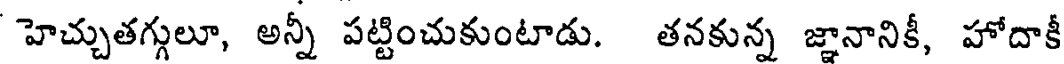
హెచ్చుతగ్గులూ, అన్నీ పట్టించుకుంటాడు. తనకున్న జ్ఞానానికీ, హోదాకీ